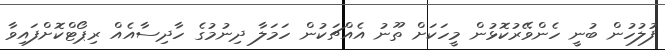
ފުލުހުން ބުނީ ހެންވޭރުކޮޅުން މީހަކަށް ތޫނު އެއްޗަކުން ހަމަލާ ދިނުމުގެ ހާދިސާއެއް ރިޕޯޓްކޮށްފައިވާ